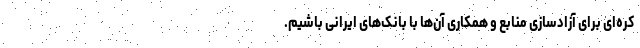
کره‌ای برای آزادسازی منابع و همکاری آن‌ها با بانک‌های ایرانی باشیم.